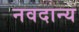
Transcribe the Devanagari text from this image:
नवदान्य